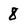
Character: 8